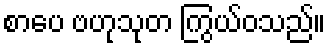
စာပေ ဗဟုသုတ ကြွယ်ဝသည်။